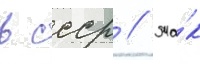
в ссср // Та́к